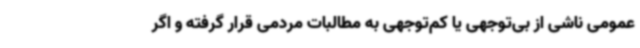
عمومی ناشی از بی‌توجهی یا کم‌توجهی به مطالبات مردمی قرار گرفته و اگر